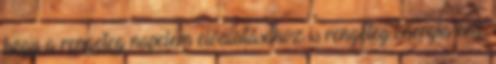
hogy a rengeteg napelem előállításához is rengeteg energia kell,